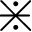
\divideontimes